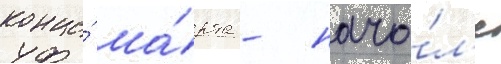
конце́ ма́рта - нача́л'е